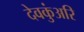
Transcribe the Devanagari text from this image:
देवकुंअरि